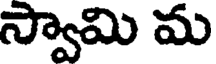
స్వామి మ